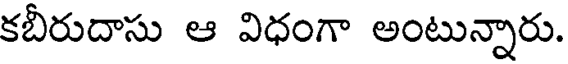
కబీరుదాసు ఆ విధంగా అంటున్నారు.